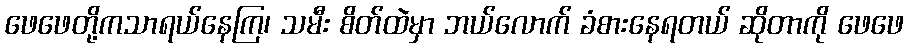
ဖေဖေတို့ကသာရယ်နေကြ၊ သမီး စိတ်ထဲမှာ ဘယ်လောက် ခံစားနေရတယ် ဆိုတာကို ဖေဖေ